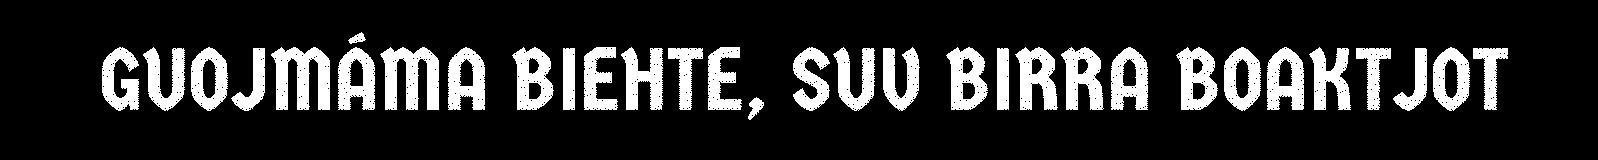
GUOJMÁMA BIEHTE, SUV BIRRA BOAKTJOT